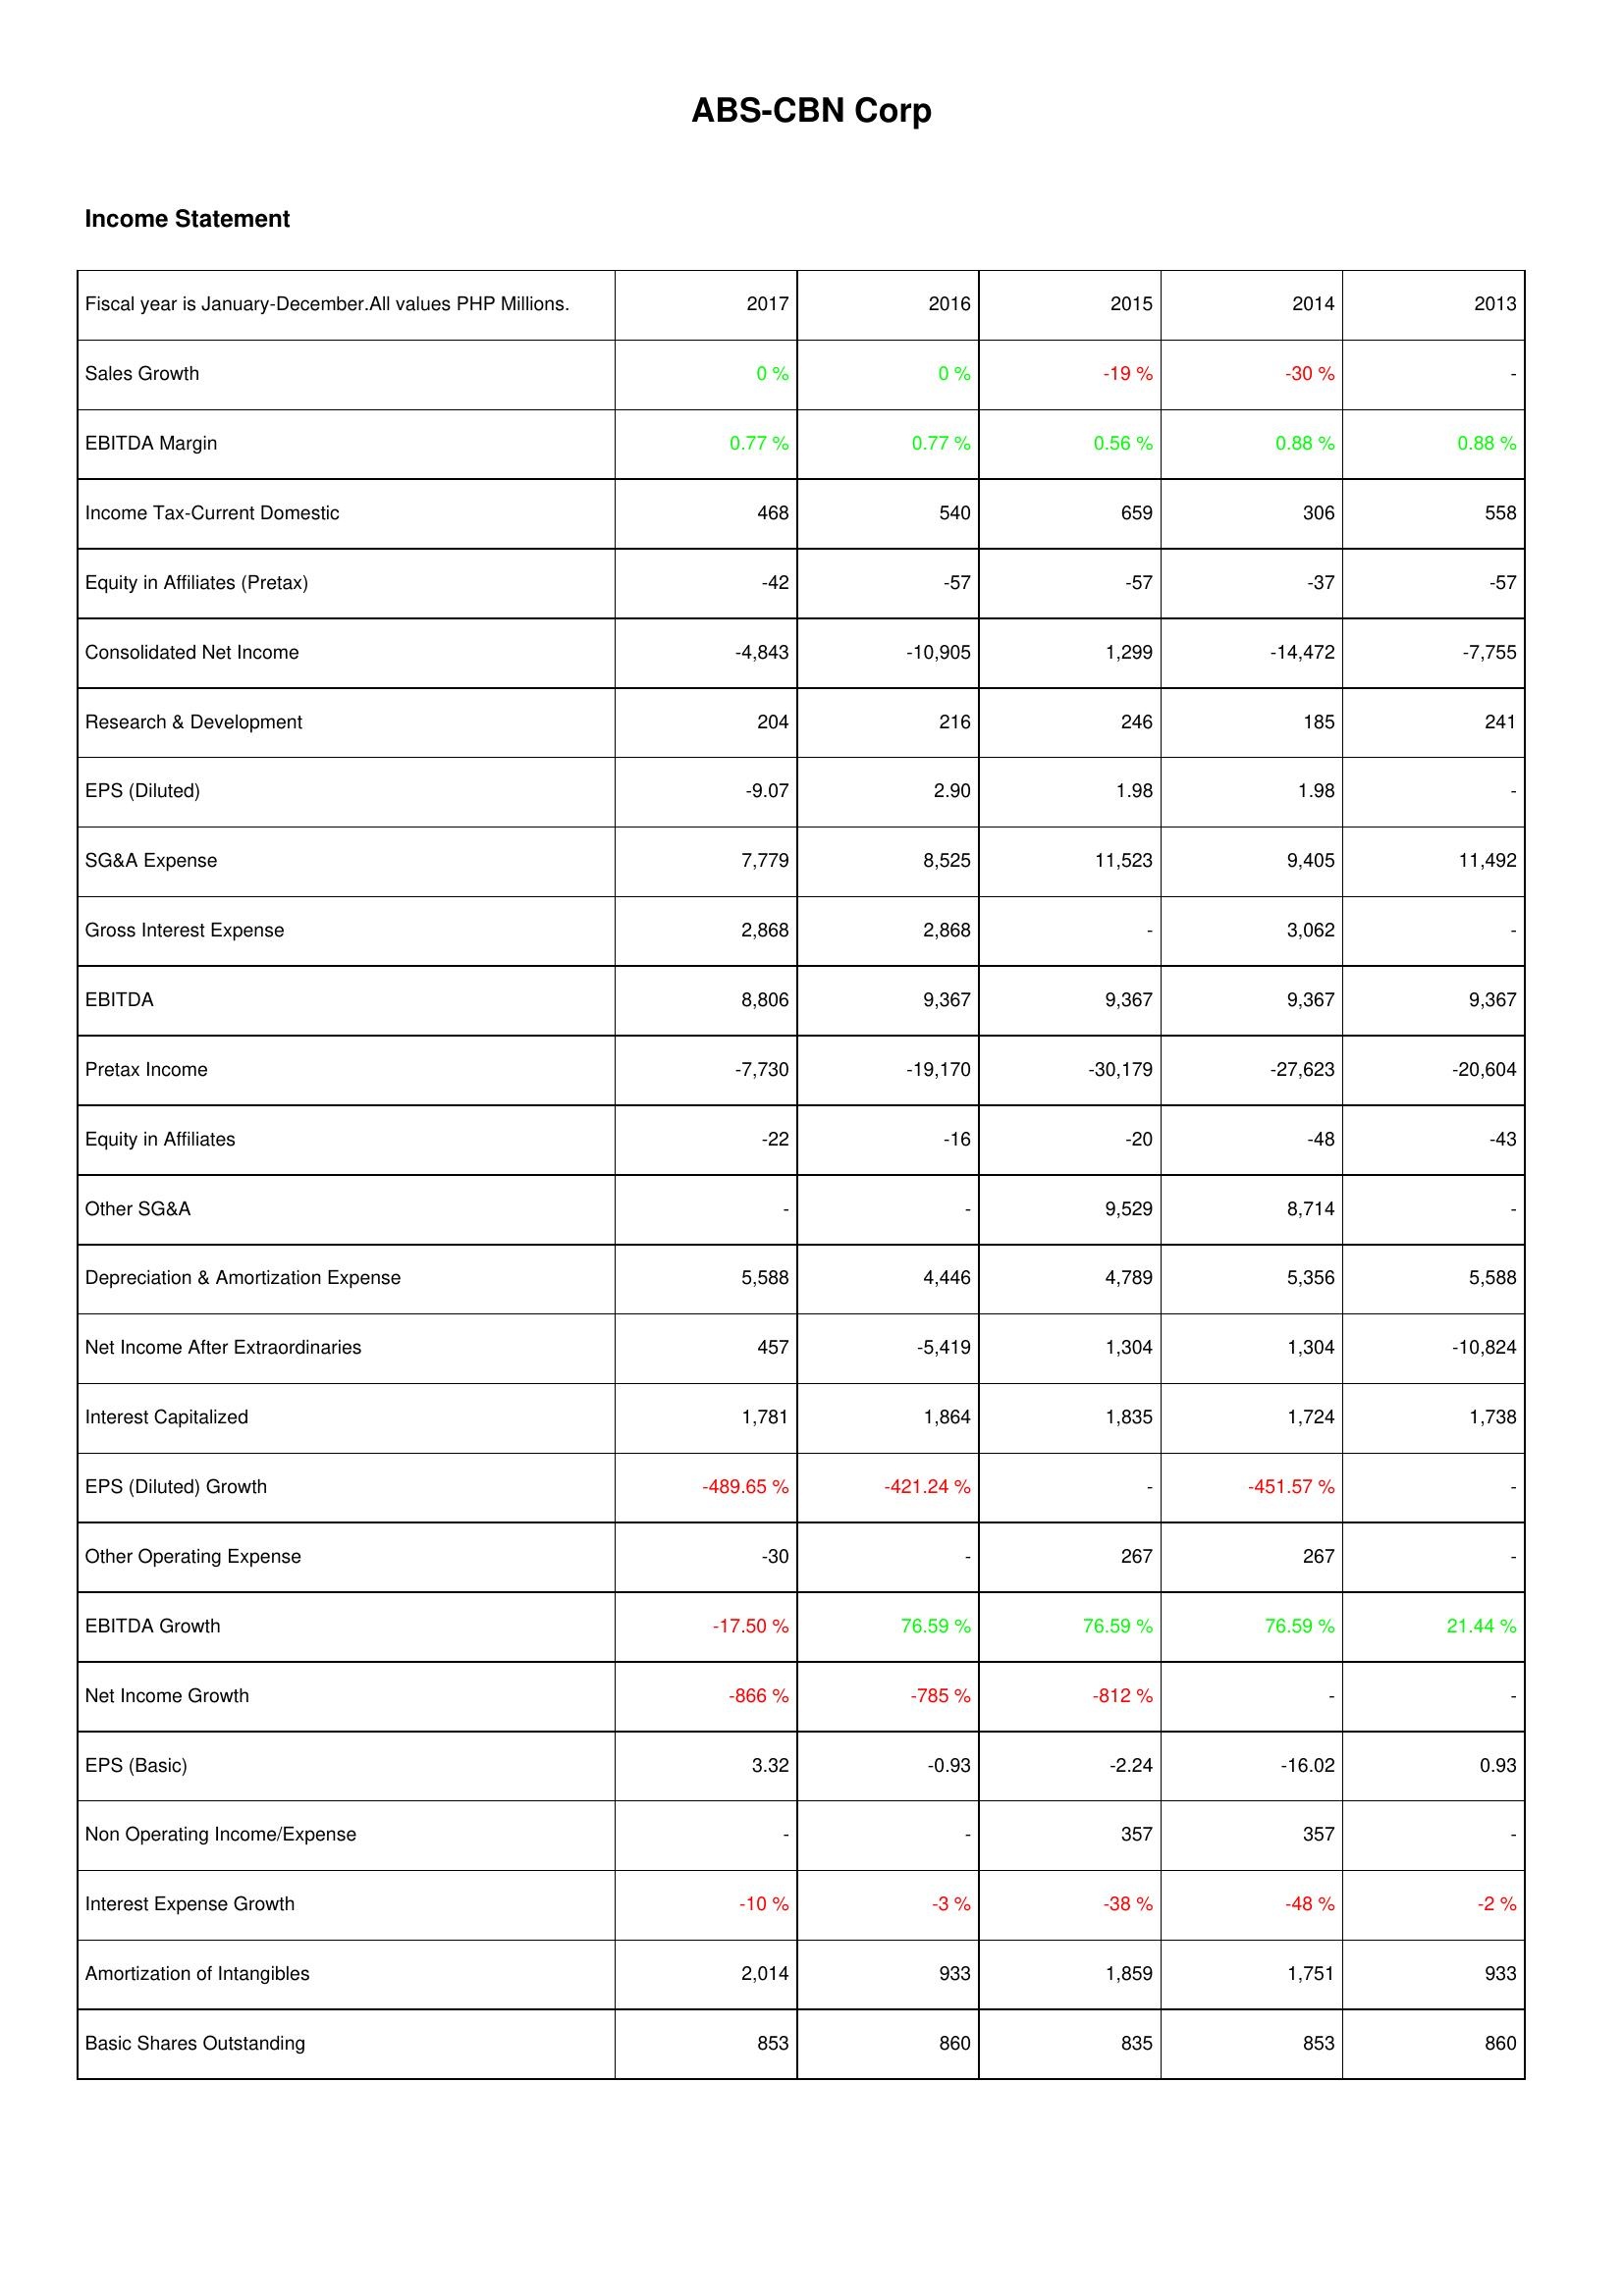
2017: Income Statement: Sales Growth: 0 %
EBITDA Margin: 0.77 %
Income Tax-Current Domestic: 468
Equity in Affiliates (Pretax): -42
Consolidated Net Income: -4,843
Research & Development: 204
EPS (Diluted): -9.07
SG&A Expense: 7,779
Gross Interest Expense: 2,868
EBITDA: 8,806
Pretax Income: -7,730
Equity in Affiliates: -22
Other SG&A: -
Depreciation & Amortization Expense: 5,588
Net Income After Extraordinaries: 457
Interest Capitalized: 1,781
EPS (Diluted) Growth: -489.65 %
Other Operating Expense: -30
EBITDA Growth: -17.50 %
Net Income Growth: -866 %
EPS (Basic): 3.32
Non Operating Income/Expense: -
Interest Expense Growth: -10 %
Amortization of Intangibles: 2,014
Basic Shares Outstanding: 853
2016: Income Statement: Sales Growth: 0 %
EBITDA Margin: 0.77 %
Income Tax-Current Domestic: 540
Equity in Affiliates (Pretax): -57
Consolidated Net Income: -10,905
Research & Development: 216
EPS (Diluted): 2.90
SG&A Expense: 8,525
Gross Interest Expense: 2,868
EBITDA: 9,367
Pretax Income: -19,170
Equity in Affiliates: -16
Other SG&A: -
Depreciation & Amortization Expense: 4,446
Net Income After Extraordinaries: -5,419
Interest Capitalized: 1,864
EPS (Diluted) Growth: -421.24 %
Other Operating Expense: -
EBITDA Growth: 76.59 %
Net Income Growth: -785 %
EPS (Basic): -0.93
Non Operating Income/Expense: -
Interest Expense Growth: -3 %
Amortization of Intangibles: 933
Basic Shares Outstanding: 860
2015: Income Statement: Sales Growth: -19 %
EBITDA Margin: 0.56 %
Income Tax-Current Domestic: 659
Equity in Affiliates (Pretax): -57
Consolidated Net Income: 1,299
Research & Development: 246
EPS (Diluted): 1.98
SG&A Expense: 11,523
Gross Interest Expense: -
EBITDA: 9,367
Pretax Income: -30,179
Equity in Affiliates: -20
Other SG&A: 9,529
Depreciation & Amortization Expense: 4,789
Net Income After Extraordinaries: 1,304
Interest Capitalized: 1,835
EPS (Diluted) Growth: -
Other Operating Expense: 267
EBITDA Growth: 76.59 %
Net Income Growth: -812 %
EPS (Basic): -2.24
Non Operating Income/Expense: 357
Interest Expense Growth: -38 %
Amortization of Intangibles: 1,859
Basic Shares Outstanding: 835
2014: Income Statement: Sales Growth: -30 %
EBITDA Margin: 0.88 %
Income Tax-Current Domestic: 306
Equity in Affiliates (Pretax): -37
Consolidated Net Income: -14,472
Research & Development: 185
EPS (Diluted): 1.98
SG&A Expense: 9,405
Gross Interest Expense: 3,062
EBITDA: 9,367
Pretax Income: -27,623
Equity in Affiliates: -48
Other SG&A: 8,714
Depreciation & Amortization Expense: 5,356
Net Income After Extraordinaries: 1,304
Interest Capitalized: 1,724
EPS (Diluted) Growth: -451.57 %
Other Operating Expense: 267
EBITDA Growth: 76.59 %
Net Income Growth: -
EPS (Basic): -16.02
Non Operating Income/Expense: 357
Interest Expense Growth: -48 %
Amortization of Intangibles: 1,751
Basic Shares Outstanding: 853
2013: Income Statement: Sales Growth: -
EBITDA Margin: 0.88 %
Income Tax-Current Domestic: 558
Equity in Affiliates (Pretax): -57
Consolidated Net Income: -7,755
Research & Development: 241
EPS (Diluted): -
SG&A Expense: 11,492
Gross Interest Expense: -
EBITDA: 9,367
Pretax Income: -20,604
Equity in Affiliates: -43
Other SG&A: -
Depreciation & Amortization Expense: 5,588
Net Income After Extraordinaries: -10,824
Interest Capitalized: 1,738
EPS (Diluted) Growth: -
Other Operating Expense: -
EBITDA Growth: 21.44 %
Net Income Growth: -
EPS (Basic): 0.93
Non Operating Income/Expense: -
Interest Expense Growth: -2 %
Amortization of Intangibles: 933
Basic Shares Outstanding: 860